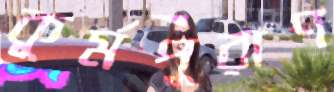
কূর্মপুরাণ